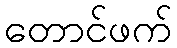
တောင်ဖက်